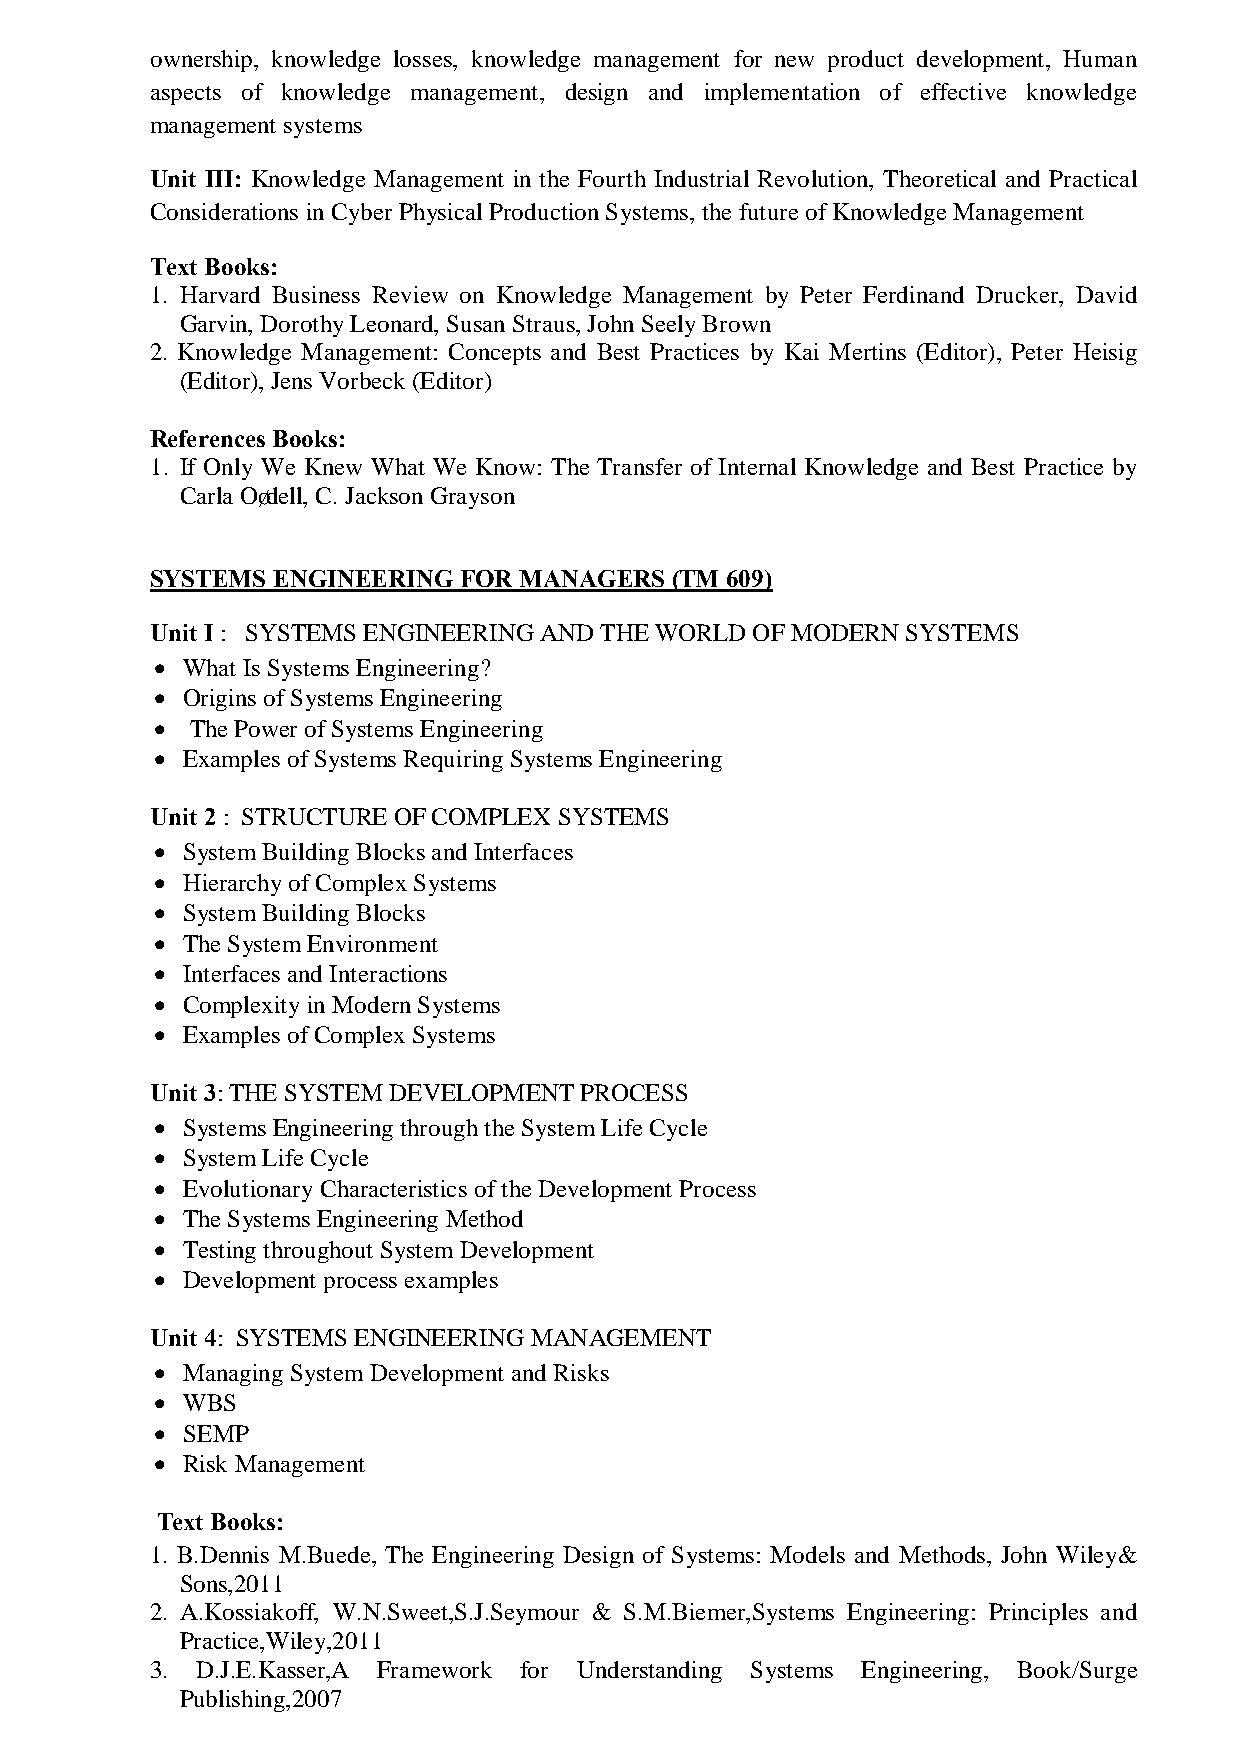
ownership, knowledge losses, knowledge management for new product development, Human
 aspects of knowledge management, design and implementation of effective knowledge
 management systems
 Unit III: Knowledge Management in the Fourth Industrial Revolution, Theoretical and Practical
 Considerations in Cyber Physical Production Systems, the future of Knowledge Management
 Text Books:
 1. Harvard Business Review on Knowledge Management by Peter Ferdinand Drucker, David
 Garvin, Dorothy Leonard, Susan Straus, John Seely Brown
 2. Knowledge Management: Concepts and Best Practices by Kai Mertins (Editor), Peter Heisig
 (Editor), Jens Vorbeck (Editor)
 References Books:
 1. If Only We Knew What We Know: The Transfer of Internal Knowledge and Best Practice by
 Carla O’dell, C. Jackson Grayson
 SYSTEMS ENGINEERING FOR MANAGERS  (TM 609)
 Unit I : SYSTEMS ENGINEERING AND THE WORLD OF MODERN SYSTEMS
 • What Is Systems Engineering?
 • Origins of Systems Engineering
 •  The Power of Systems Engineering
 • Examples of Systems Requiring Systems Engineering
 Unit 2 : STRUCTURE OF COMPLEX SYSTEMS
 • System Building Blocks and Interfaces
 • Hierarchy of Complex Systems
 • System Building Blocks
 • The System Environment
 • Interfaces and Interactions
 • Complexity in Modern Systems
 • Examples of Complex Systems
 Unit 3: THE SYSTEM DEVELOPMENT PROCESS
 • Systems Engineering through the System Life Cycle
 • System Life Cycle
 • Evolutionary Characteristics of the Development Process
 • The Systems Engineering Method
 • Testing throughout System Development
 • Development process examples
 Unit 4: SYSTEMS ENGINEERING MANAGEMENT
 • Managing System Development and Risks
 • WBS
 • SEMP
 • Risk Management
 Text Books:
 1. B.Dennis M.Buede, The Engineering Design of Systems: Models and Methods, John Wiley&
 Sons,2011
 2. A.Kossiakoff, W.N.Sweet,S.J.Seymour & S.M.Biemer,Systems Engineering: Principles and
 Practice,Wiley,2011
 3. D.J.E.Kasser,A Framework for Understanding Systems Engineering, Book/Surge
 Publishing,2007